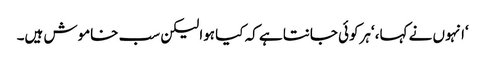
‘انہوں نے کہا، ‘ہرکوئی جانتا ہے کہ کیا ہوا لیکن سب خاموش ہیں۔